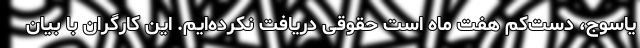
یاسوج، دست‌کم هفت ماه است حقوقی دریافت نکرده‌ایم. این کارگران با بیان